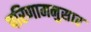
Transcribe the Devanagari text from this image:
परिणामनुसार